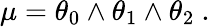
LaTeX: \mu=\theta_{0}\wedge\theta_{1}\wedge\theta_{2}\ .